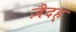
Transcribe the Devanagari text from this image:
ज़ैदह्